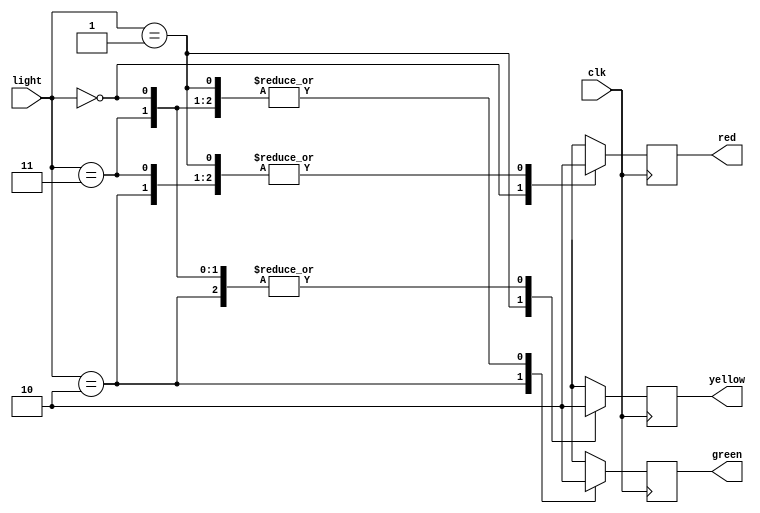
/********************************************************************************************
*			Modulo semaforo3: Actualizacion de semaforo vehicular (3 luces)					*
*			 	                 Entrada: senal de estado desde fsm							*
*								 Salida: senales de estado de semaforo a gpio				*
********************************************************************************************/	  


module semaforo3
	(input wire [1:0] light,		
		input wire clk, 
		output reg green,  
		output reg yellow, 
		output reg red); 

	parameter RED = 2'b00;
	parameter YELLOW = 2'b01;
	parameter GREEN = 2'b10;
	parameter OFF = 2'b11;
	
	always @ (posedge clk) //Administracion de estados
		begin 
			case(light)	 
				RED: 
				begin
					red <= 1;
					yellow <= 0;
					green <= 0;
				end
				YELLOW:
				begin
					red <= 0;
					yellow <= 1;
					green <= 0;	
				end
				GREEN:
				begin
					red <= 0;
					yellow <= 0;
					green <= 1;
				end
				OFF:  
				begin
					red <= 0;
					yellow <= 0;
					green <= 0;	
				end
			endcase
				
		end
endmodule